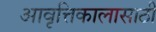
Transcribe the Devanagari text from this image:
आवृत्तिकालासाठी